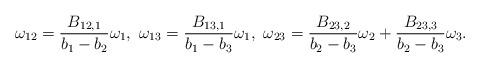
LaTeX: \begin{align*}\omega_{12}=\frac{B_{12,1}}{b_1-b_2}\omega_1,~\omega_{13}=\frac{B_{13,1}}{b_1-b_3}\omega_1,~\omega_{23}=\frac{B_{23,2}}{b_2-b_3}\omega_2+\frac{B_{23,3}}{b_2-b_3}\omega_3.\end{align*}